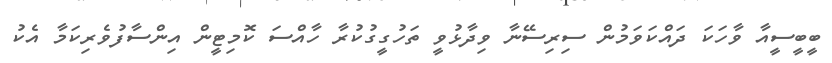
ބީބީސީއާ ވާހަކަ ދައްކަވަމުން ސިރިސޭނާ ވިދާޅުވީ ތަހުގީގުކުރާ ހާއްސަ ކޮމިޓީން އިންސާފުވެރިކަމާ އެކު